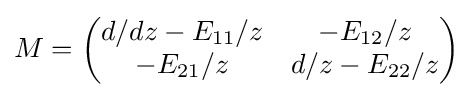
M={\begin{pmatrix}d/dz-E_{11}/z&-E_{12}/z\\-E_{21}/z&d/z-E_{22}/z\end{pmatrix}}